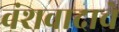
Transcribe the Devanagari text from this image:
वंशवादाचे